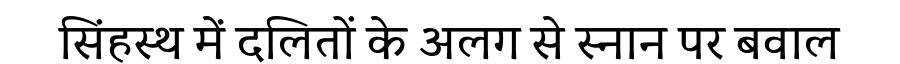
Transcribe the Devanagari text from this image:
सिंहस्थ में दलितों के अलग से स्नान पर बवाल